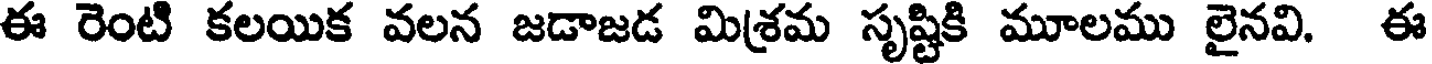
ఈ రెంటి కలయిక వలన జడాజడ మిశ్రమ సృష్టికి మూలము లైనవి. ఈ